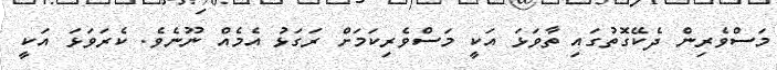
މަސްވެރިން ދެކޭގޮތުގައި ތާވަޅަ އަކީ މަސްވެރިކަމަށް ރަގަޅު އެމެއް ނޫނެވެ. ކެރަވަޅަ އަކީ